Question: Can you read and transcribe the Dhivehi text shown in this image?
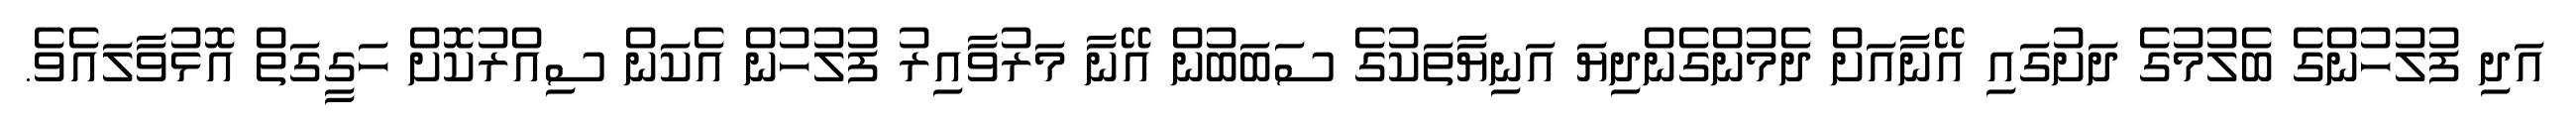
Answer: އަދި ފުލުހުންގެ ބެލުމުގެ ދަށުގައި އޭނާއަށް ދެމުންގެންދިޔަ އަނިޔާތަކުގެ ސަބަބުން އޭނާ މަރުވާއިރު ފުލުހުން އެކަން ސިއްރުކޮށް ހަގީގަތް އޮޅުވާލައެވެ.